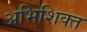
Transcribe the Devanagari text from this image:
अभिशिक्त